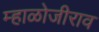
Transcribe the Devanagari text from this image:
म्हाळोजीराव